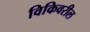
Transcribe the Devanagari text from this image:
विकिवरील